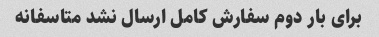
برای بار دوم سفارش کامل ارسال نشد متاسفانه